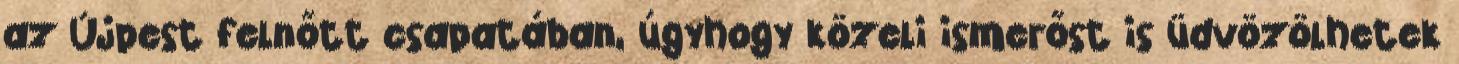
az Újpest felnőtt csapatában, úgyhogy közeli ismerőst is üdvözölhetek